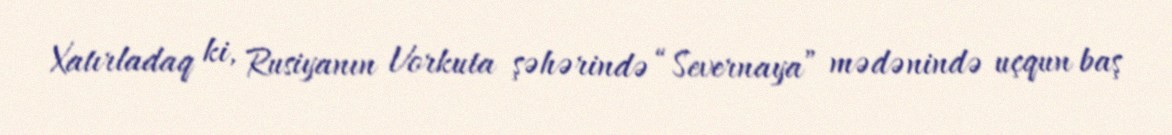
Xatırladaq ki, Rusiyanın Vorkuta şəhərində “Severnaya” mədənində uçqun baş